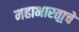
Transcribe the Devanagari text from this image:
महाभारता॒चे